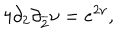
LaTeX: 4 \partial _ { 2 } \partial _ { \overline { { { 2 } } } } \nu = e ^ { 2 \nu } ,